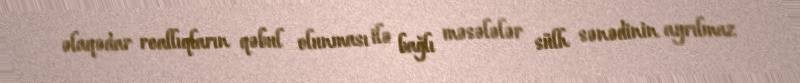
əlaqədar reallıqların qəbul olunması ilə bağlı məsələlər sülh sənədinin ayrılmaz